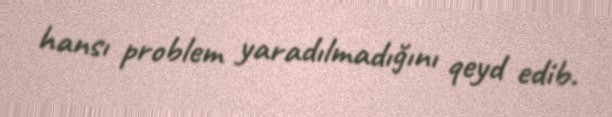
hansı problem yaradılmadığını qeyd edib.